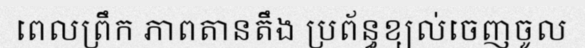
ពេលព្រឹក ភាពតានតឹង ប្រព័ន្ធខ្យល់ចេញចូល